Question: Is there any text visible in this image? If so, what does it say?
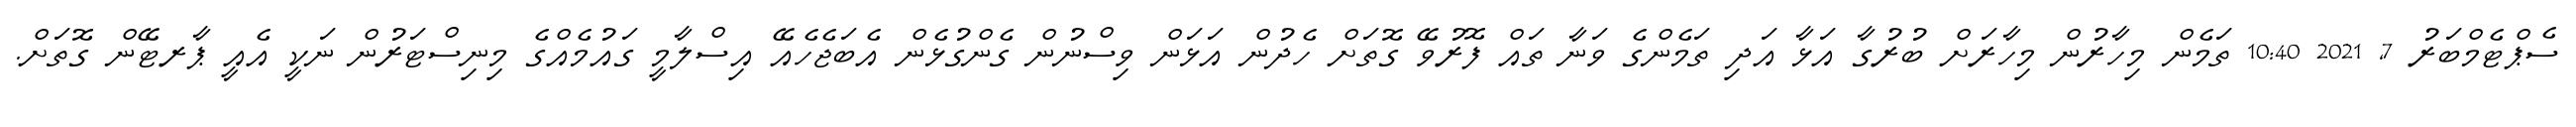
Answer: ސެޕްޓެމްބަރު 7, 2021 10:40 ތަމެން މިހާރުން މިހާރަށް ބުރުގާ އަޅާ އަދި ތަމެންގެ ވަނާ ތައް ފޮރުވޭ ގޮތަށް ހެދުން އަޅަން ވިސްނުން ގެންގުޅެން އެބަޖެހެއޭ އިސްލާމީ ގައުމެއްގެ މިނިސްޓަރުން ނަކީ އެއީ ޕާރޓޭން ގޮތަށް.